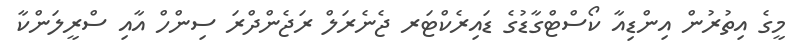
މީގެ އިތުރުން އިންޑިއާ ކޯސްޓްގާޑުގެ ޑައިރެކްޓަރ ޖެނެރަލް ރަޖެންދްރަ ސިންހް އާއި ސްރީލަންކާ